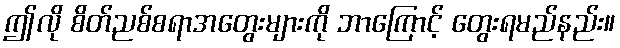
ဤလို စိတ်ညစ်စရာအတွေးများကို ဘာကြောင့် တွေးရမည်နည်း။